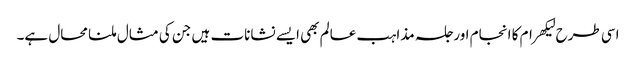
اسی طرح لیکھرام کا انجام اور جلسہ مذاہب عالم بھی ایسے نشانات ہیں جن کی مثال ملنا محال ہے۔